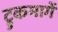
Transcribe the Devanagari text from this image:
ट्रुकमार्गे